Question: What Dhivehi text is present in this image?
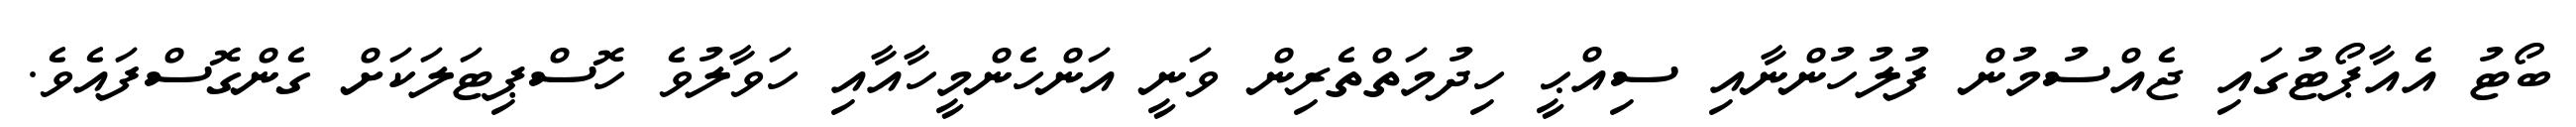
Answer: ބޯޓު އެއާޕޯޓުގައި ޖެއްސުމުން ފުލުހުންނާއި ސިއްޙީ ހިދުމަތްތެރިން ވަނީ އަންހެންމީހާއާއި ހަވާލުވެ ހޮސްޕިޓަލަކަށް ގެންގޮސްފައެވެ.